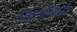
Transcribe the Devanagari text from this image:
ओटावियो